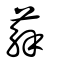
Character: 薢